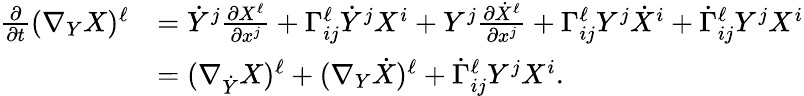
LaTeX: \begin{array}{rl}{\frac{\partial}{\partial t}(\nabla_{Y}X)^{\ell}}&{=\dot{Y}^{j}\frac{\partial X^{\ell}}{\partial x^{j}}+\Gamma_{ij}^{\ell}\dot{Y}^{j}X^{i}+Y^{j}\frac{\partial\dot{X}^{\ell}}{\partial x^{j}}+\Gamma_{ij}^{\ell}Y^{j}\dot{X}^{i}+\dot{\Gamma}_{ij}^{\ell}Y^{j}X^{i}}\\ &{=(\nabla_{\dot{Y}}X)^{\ell}+(\nabla_{Y}\dot{X})^{\ell}+\dot{\Gamma}_{ij}^{\ell}Y^{j}X^{i}.}\end{array}